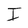
Character: I